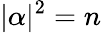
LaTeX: |\alpha|^{2}=n